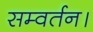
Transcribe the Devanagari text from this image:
सम्वर्तन।